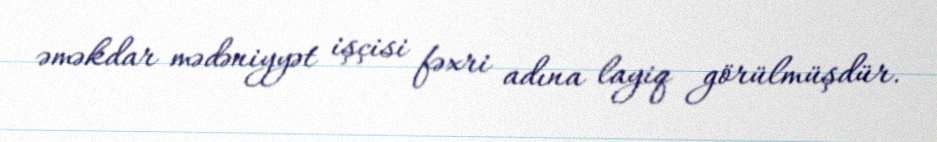
əməkdar mədəniyyət işçisi fəxri adına layiq görülmüşdür.